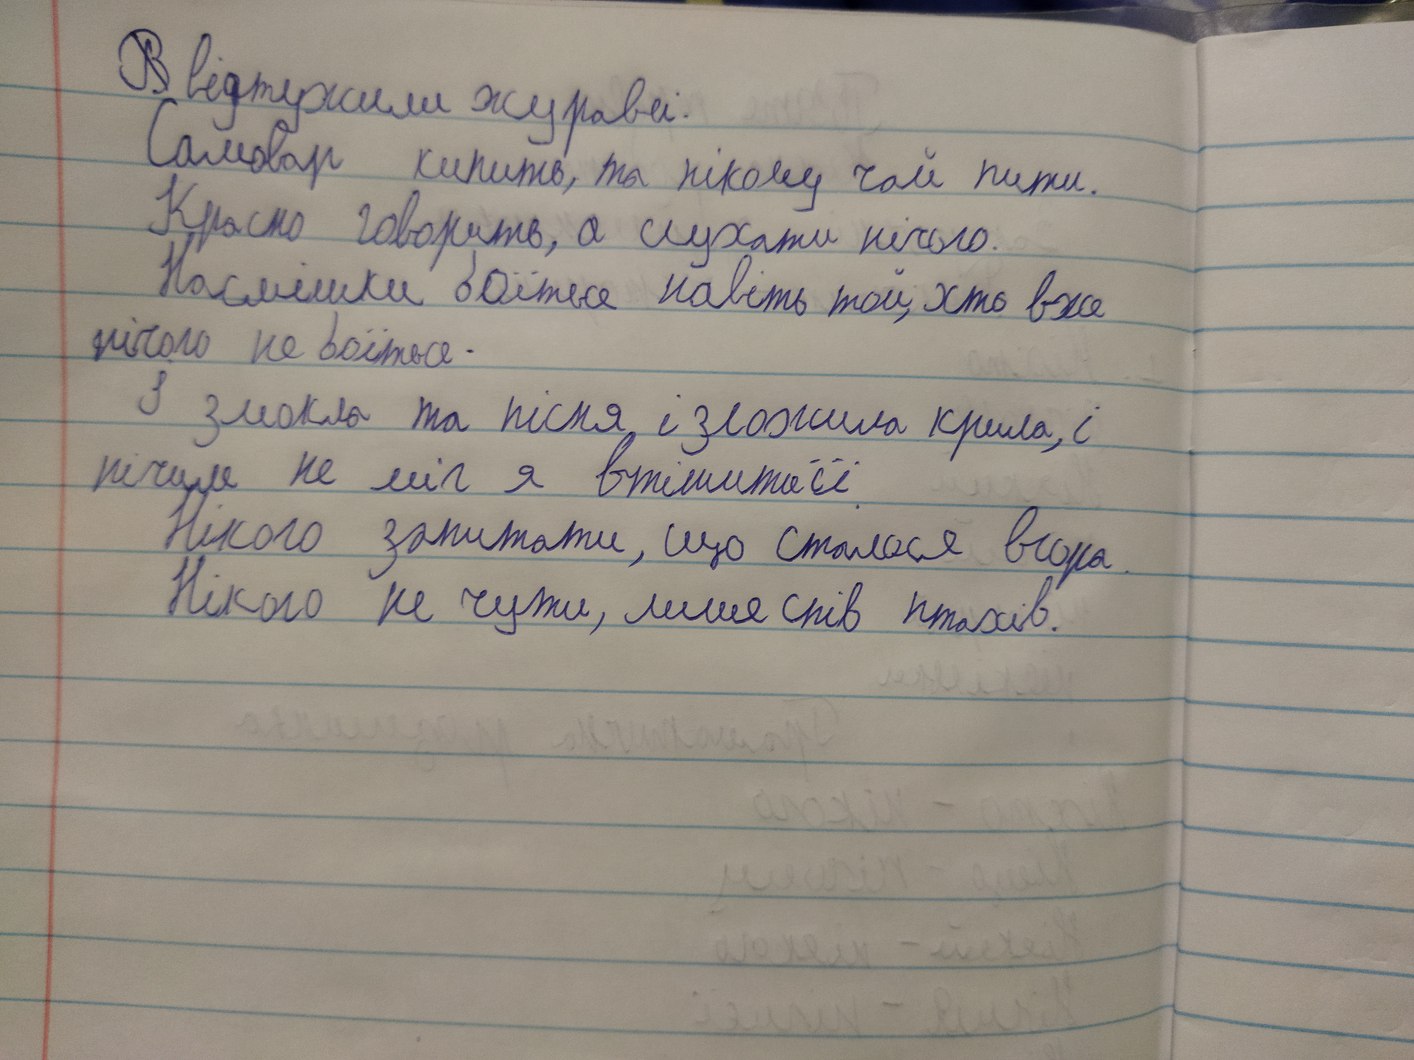
~~В~~відтужили журавлі.
Самовар кипить, та нікому чай пити.
Красно говорить, а слухати нічого.
Насмішки боїться навіть той, хто вже
нічого не боїться.
І змокла та пісня, і зложила крила, і
нічим не міг я втішити її.
Нікого запитати, що сталося вчора.
Нікого не чути, лише спів птахів.